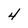
Character: 4